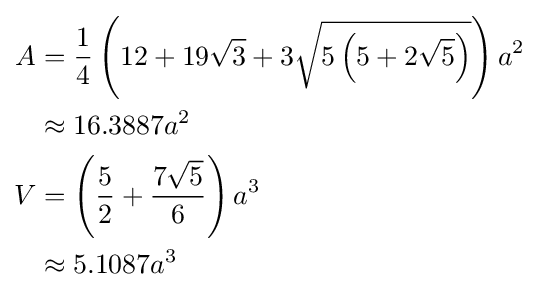
{\begin{aligned}A&={\frac {1}{4}}\left(12+19{\sqrt {3}}+3{\sqrt {5\left(5+2{\sqrt {5}}\right)}}\right)a^{2}\\&\approx 16.3887a^{2}\\V&=\left({\frac {5}{2}}+{\frac {7{\sqrt {5}}}{6}}\right)a^{3}\\&\approx 5.1087a^{3}\end{aligned}}